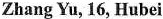
Zhang Yu, 16, Hubei